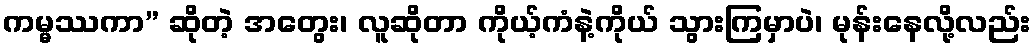
ကမ္မဿကာ” ဆိုတဲ့ အတွေး၊ လူဆိုတာ ကိုယ့်ကံနဲ့ကိုယ် သွားကြမှာပဲ၊ မုန်းနေလို့လည်း